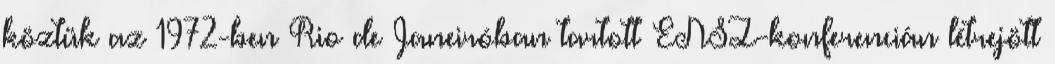
köztük az 1972-ben Rio de Janeiróban tartott ENSZ-konferencián létrejött